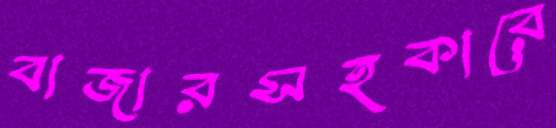
বাজারসহকারে